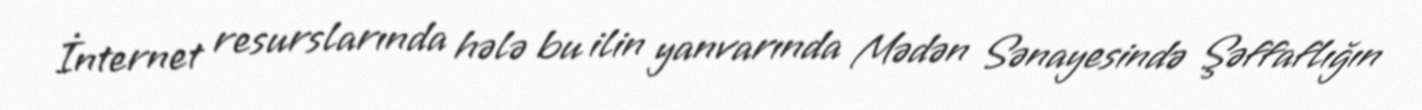
İnternet resurslarında hələ bu ilin yanvarında Mədən Sənayesində Şəffaflığın